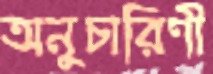
অনুচারিণী